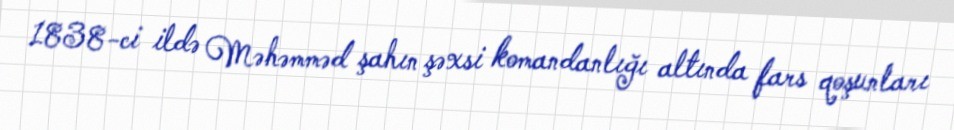
1838-ci ildə Məhəmməd şahın şəxsi komandanlığı altında fars qoşunları